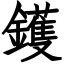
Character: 鑊